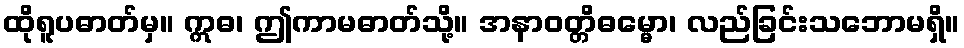
ထိုရူပဓာတ်မှ။ ဣဓ၊ ဤကာမဓာတ်သို့။ အနာဝတ္တိဓမ္မော၊ လည်ခြင်းသဘောမရှိ။